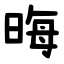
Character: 晦